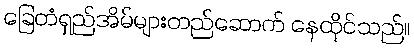
ခြေတံရှည်အိမ်များတည်ဆောက် နေထိုင်သည်။